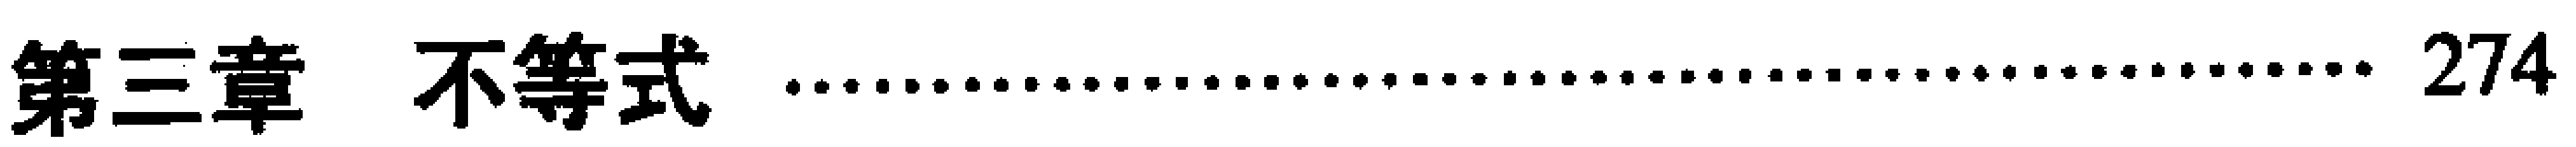
第三章 不等式 \dotfill 274